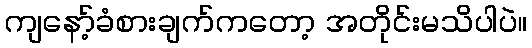
ကျနော့်ခံစားချက်ကတော့ အတိုင်းမသိပါပဲ။